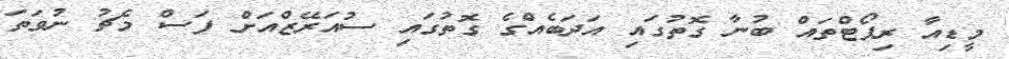
މީޑިއާ ރިޕޯޓްތައް ބުނާ ގޮތުގައި އަދަބެއްގެ ގޮތުގައި ސުއަރޭޒްއަށް ފަސް މެޗު ނުވަތަ